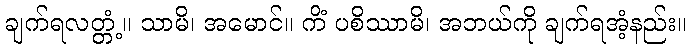
ချက်ရလတ္တံ့။ သာမိ၊ အမောင်။ ကိံ ပစိဿာမိ၊ အဘယ်ကို ချက်ရအံ့နည်း။